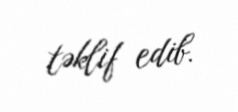
təklif edib.